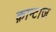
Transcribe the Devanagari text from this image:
क़ान्टाज़